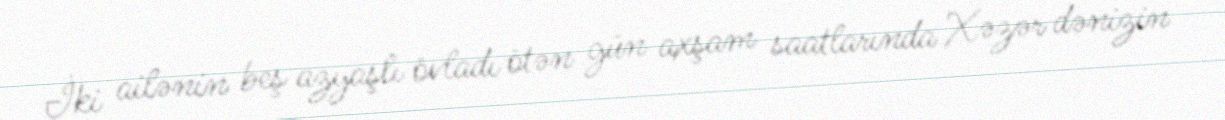
İki ailənin beş azyaşlı övladı ötən gün axşam saatlarında Xəzər dənizin